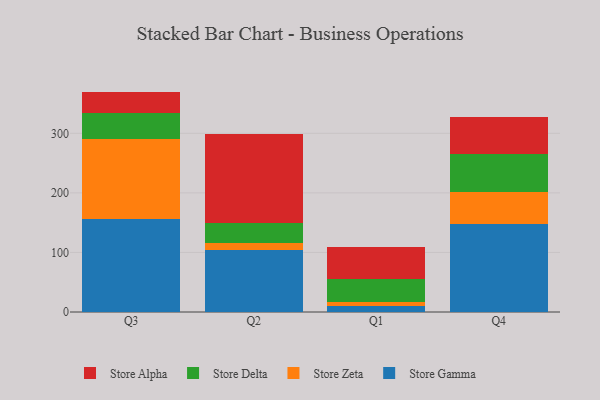
{"axis": {"x": "Quarter", "y": "LTV (USD)"}, "legend": ["Store Alpha", "Store Delta", "Store Gamma", "Store Zeta"], "data": [{"x": "Q3", "y": 156.7, "type": "Store Gamma"}, {"x": "Q3", "y": 133.1, "type": "Store Zeta"}, {"x": "Q3", "y": 44.4, "type": "Store Delta"}, {"x": "Q3", "y": 35.8, "type": "Store Alpha"}, {"x": "Q2", "y": 104.0, "type": "Store Gamma"}, {"x": "Q2", "y": 11.3, "type": "Store Zeta"}, {"x": "Q2", "y": 34.1, "type": "Store Delta"}, {"x": "Q2", "y": 149.7, "type": "Store Alpha"}, {"x": "Q1", "y": 10.6, "type": "Store Gamma"}, {"x": "Q1", "y": 6.2, "type": "Store Zeta"}, {"x": "Q1", "y": 39.2, "type": "Store Delta"}, {"x": "Q1", "y": 53.0, "type": "Store Alpha"}, {"x": "Q4", "y": 147.2, "type": "Store Gamma"}, {"x": "Q4", "y": 53.6, "type": "Store Zeta"}, {"x": "Q4", "y": 64.9, "type": "Store Delta"}, {"x": "Q4", "y": 62.3, "type": "Store Alpha"}]}